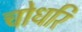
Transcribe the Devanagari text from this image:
चोधरि